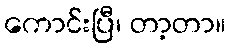
ကောင်းပြီ၊ တာ့တာ။